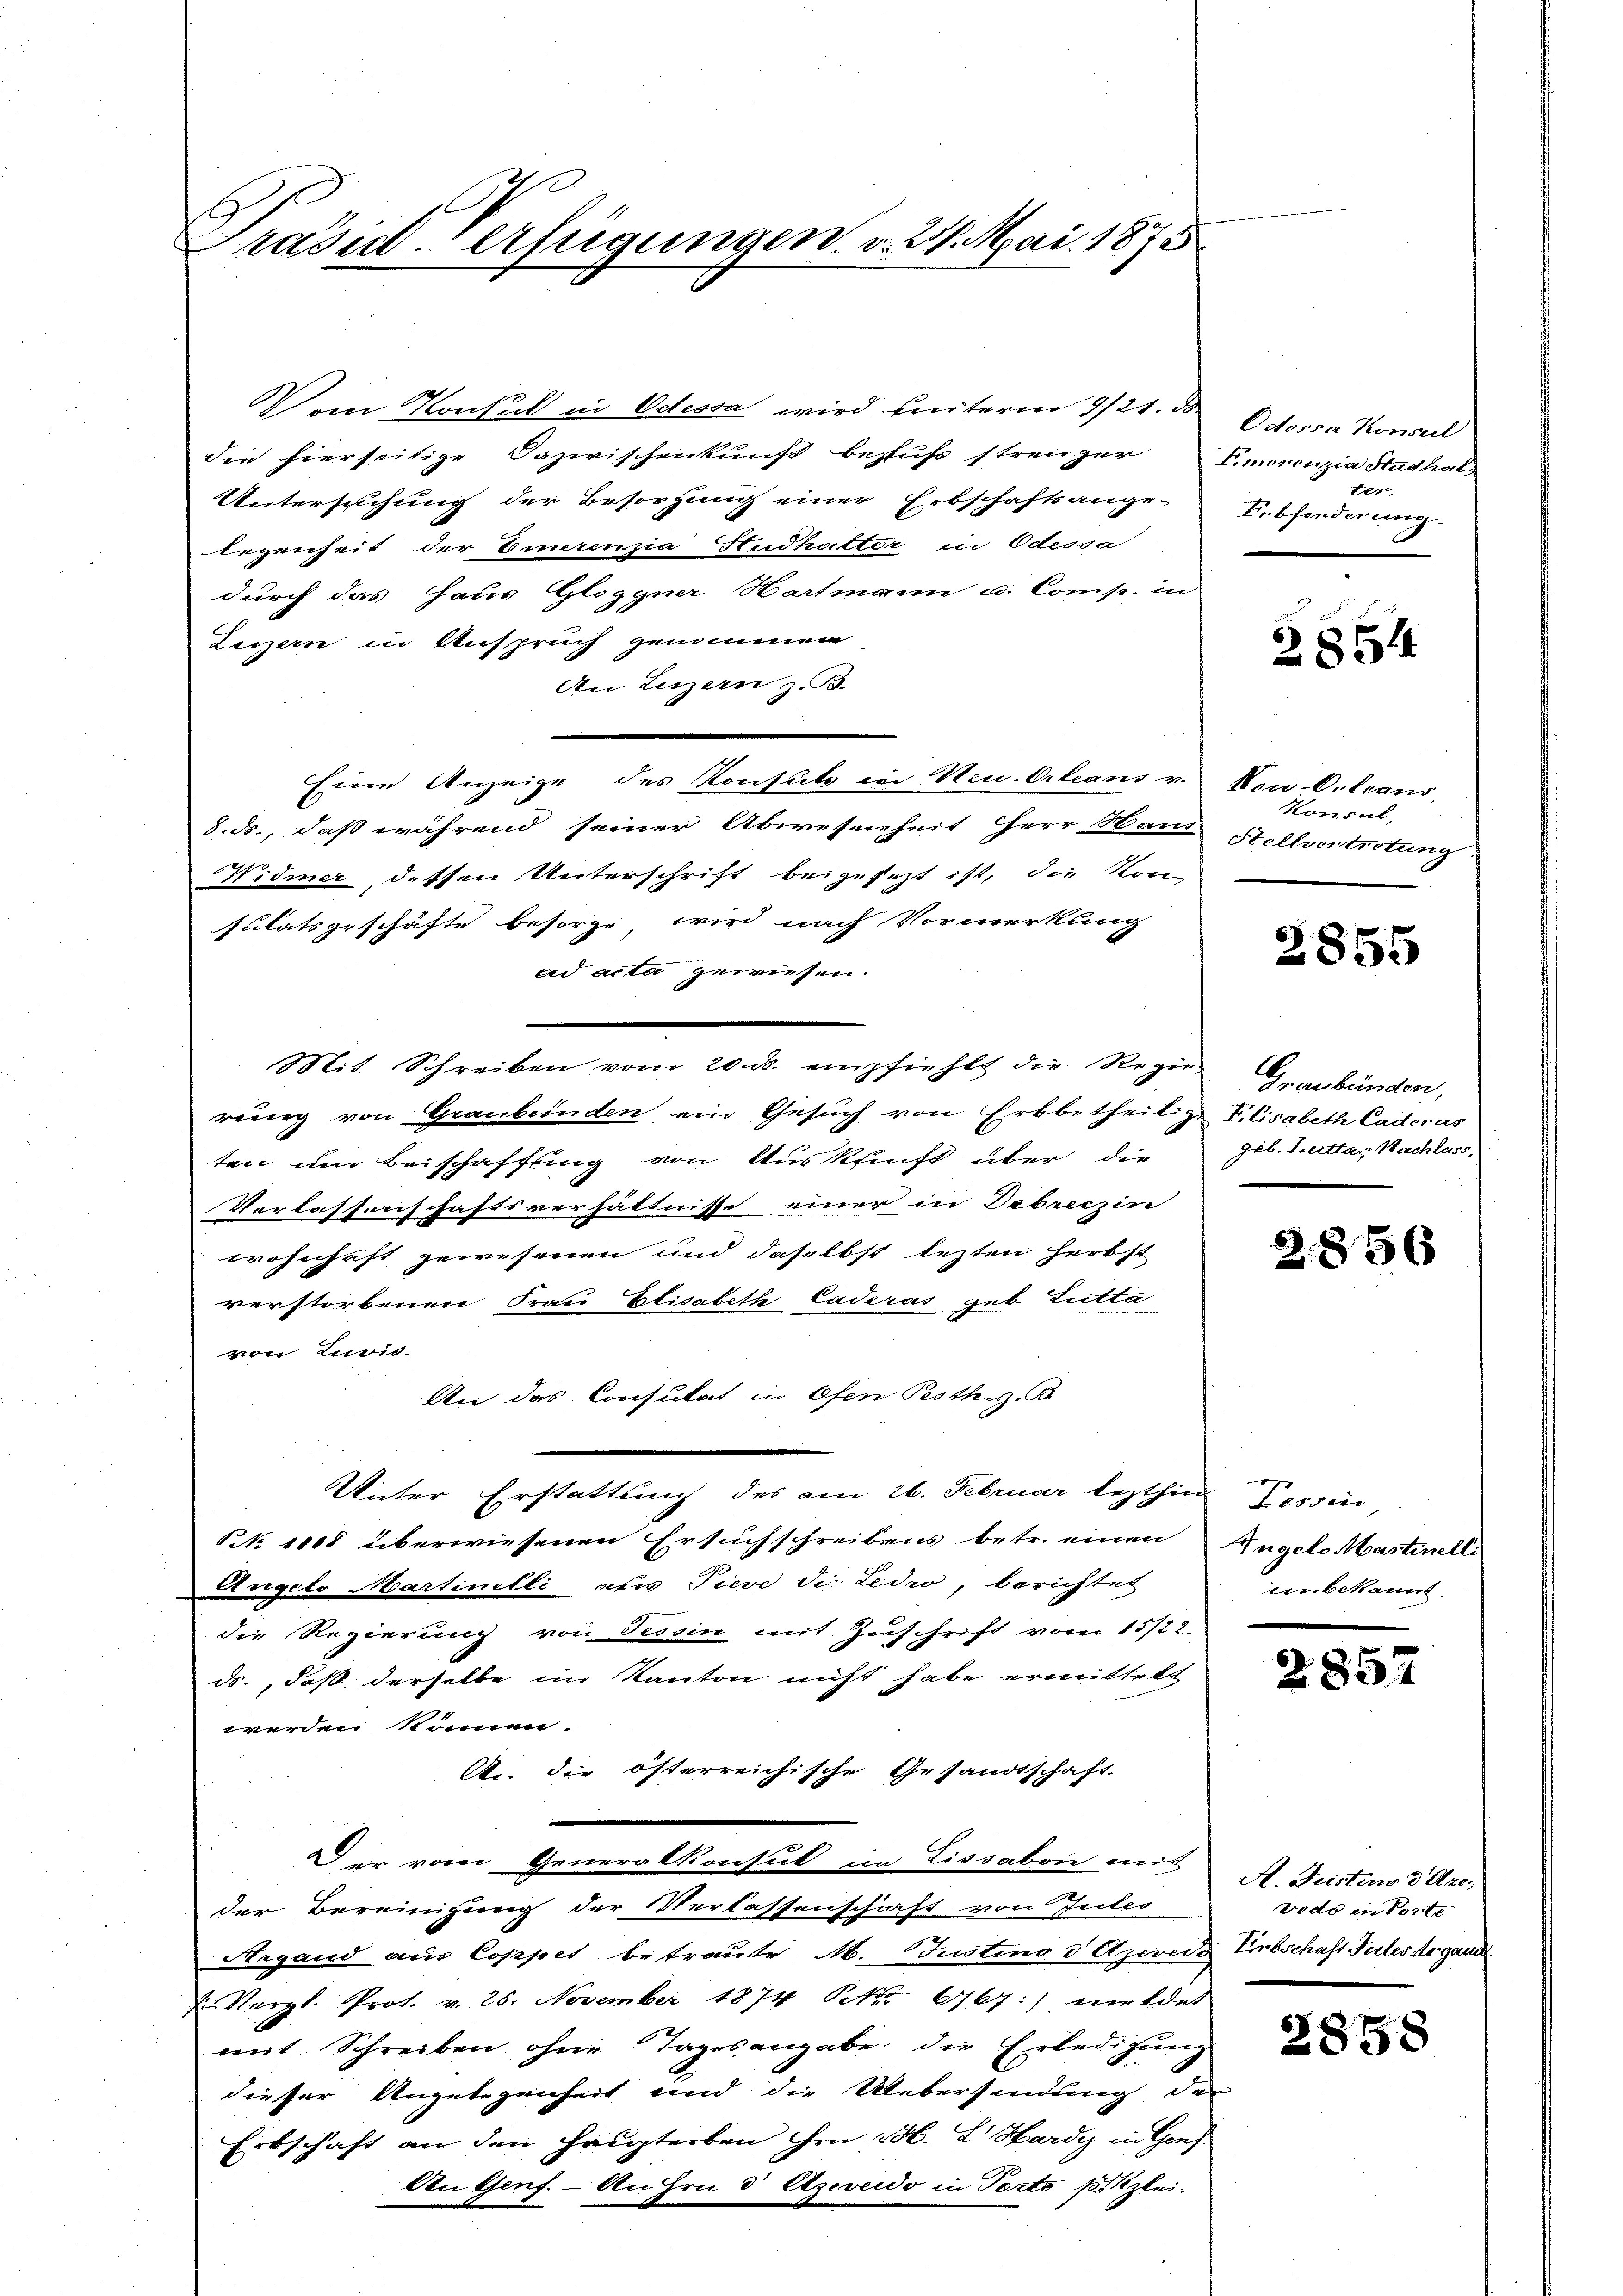
Präsid-Verfügungen v. 24. Mai 1875

Vom Konsul in Odessa wird hinterm 9/21. d. Odoria Konseil
die hierseitige Dazwischenkunft behufs strenger Emoronzia Studhal-
Untersuchung der Besorgung einer Erbschaftsange-
legenheit der Emerenzia Hudhalter in Odessa
durch das Haus Gloggner Hartmann u. Comp. in
Luzern in Anspruch genommen
An Luzern z. B.
Eine Anzeige des Konsuls in Neu-Orleans v.
8. ds., daß während seiner Abwesenheit Herr Wand Stellvertretung
Widmer, detten Unterschrift beigefezt ist, die Kon
sulatsgeschäfte besorge wird nach Vormerkung
ad acta gewiesen.
Mit Schreiben vom 20. ds. empfiehlt die Regie-
rung von Graubünden ein Gesuch von Erbbetheilige Elisabeth Caderas
ten und Beischaffung von Auskunft über die
Verlassenschaftsverhältnisse einer in Debreczin
wohnhaft gewesenen und daselbst lezten Herbst
verstorbenen Frau Elisabeth Caderas geb. Lutta
von Livis.
An das Consulat in Ofen Pesthig, B
Unter Erstattung des am 26. Februar lezthin Tessin
NNo 1118 überwiesenen Ersuchschreibens betr. einen
Angcto Martinetli atis Tiere di Leder, berichtet
die Regierung von Tessin mit Zuschrift vom 15/22.
ds., daß derselbe im Kanton nicht habe ermittelt
werden können.
A. die österreichische Gesandtschaft
Der vom Generalkonsul in Lissabone mit
der Bereinigung der Verlassenschaft von Teiles
Argaund aus Coppet betraute M. Justino d Azevisi
J. Vergl. Prot. v. 25. November 1874. Oct. 667:) meldet
mit Schreiben ohne Tagesangabe die Erledigung
dieser Angelegenheit und die Uebersendung der
Erbschaft an den Haupterben irn M. L. Hardy in Genf
An Genf. - Anin d Azevido in Porto pizlei-

ten
Ebforderung.

2854

Noci-Orleans
Konsul,

2855

Graubünden,
geb. Luttag Nachlass,

2856

Angelo Mastinelli
einbekannt.

2857

A. Justins d Axen
vedo in Sorte
Erbschaft Tules togand

2858